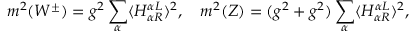
m ^ { 2 } ( W ^ { \pm } ) = g ^ { 2 } \sum _ { \alpha } \langle H _ { \alpha R } ^ { \alpha L } \rangle ^ { 2 } , \quad m ^ { 2 } ( Z ) = ( g ^ { 2 } + g ^ { 2 } ) \sum _ { \alpha } \langle H _ { \alpha R } ^ { \alpha L } \rangle ^ { 2 } , \quad